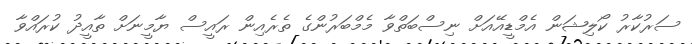
ސަރުކާރު ކޯލިޝަން އެމްޑީއޭއަށް ނިސްބަތްވާ މެމްބަރުންގެ ތެރެއިން ރައީސް ޔާމީނަށް ތާއީދު ކުރައްވާ